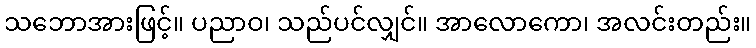
သဘောအားဖြင့်။ ပညာဝ၊ သည်ပင်လျှင်။ အာလောကော၊ အလင်းတည်း။